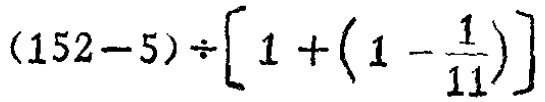
\((152 - 5)\div\left[1+\left(1 - \frac{1}{11}\right)\right]\)